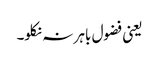
یعنی فضول باہر نہ نکلو۔